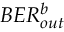
B E R _ { o u t } ^ { b }